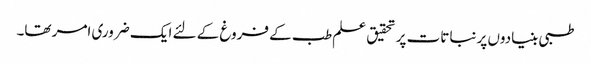
طبی بنیادوں پر نباتات پر تحقیق علم طب کے فروغ کے لئے ایک ضروری امر تھا۔